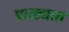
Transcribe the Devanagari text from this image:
पाळ्यात